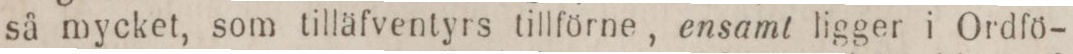
så mycket, som tilläfventyrs tillförne, ensamt ligger i Ordfö-